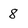
Character: 8